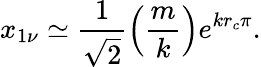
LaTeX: x_{1\nu}\simeq\frac{1}{\sqrt{2}}\left(\frac{m}{k}\right)e^{kr_{c}\pi}.